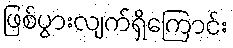
ဖြစ်ပွားလျက်ရှိကြောင်း